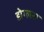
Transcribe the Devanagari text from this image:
डोग्लस